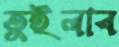
তুইলাব